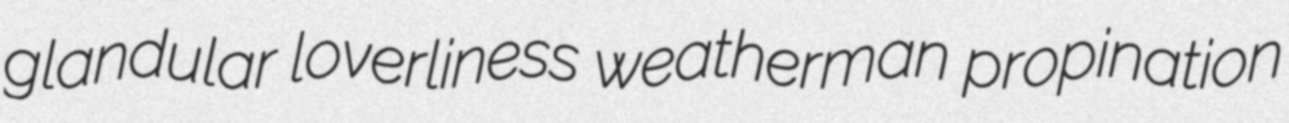
glandular loverliness weatherman propination